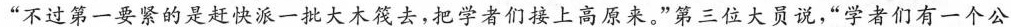
“不过第一要紧的是赶快派一批大木筏去,把学者们接上高原来。”第三位大员说,“学者们有一个公